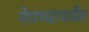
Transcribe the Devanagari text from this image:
नेपथ्यापर्यंत